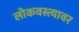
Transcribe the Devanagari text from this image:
लोकवस्त्यावर